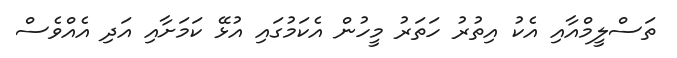
ތަސްލީމްއާއި އެކު އިތުރު ހަތަރު މީހުން އެކަމުގައި އުޅޭ ކަމަށާއި އަދި އެއްވެސް